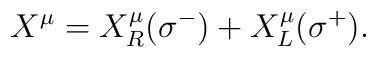
X^{\mu} = X_R^{\mu}(\sigma^-) + X_L^{\mu}(\sigma^+).